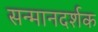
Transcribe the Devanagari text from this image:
सन्मानदर्शक